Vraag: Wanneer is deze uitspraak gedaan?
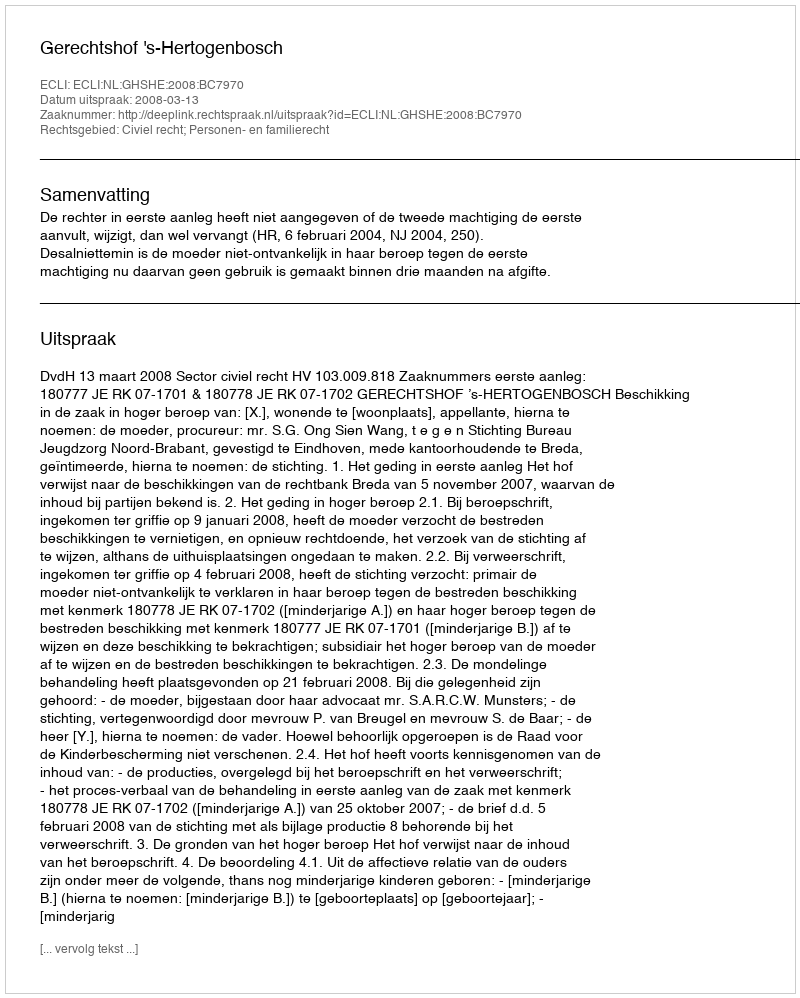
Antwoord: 2008-03-13